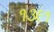
૧૩૯૧